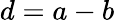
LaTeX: d=a-b